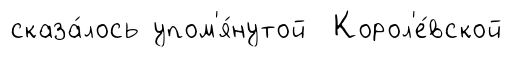
сказа́лось упом'я́нутой Корол'е́вской